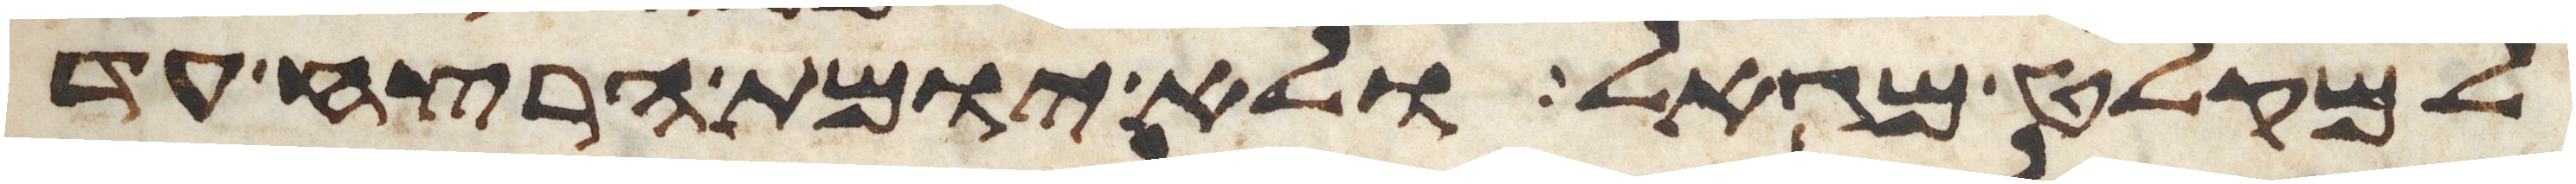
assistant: למקלט מגאל ולא יומת הרצח עד